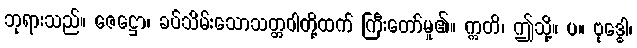
ဘုရားသည်။ ဇေဋ္ဌော၊ ခပ်သိမ်းသောသတ္တဝါတို့ထက် ကြီးတော်မူ၏။ ဣတိ၊ ဤသို့။ ပ။ ဗုဒ္ဓေါ၊